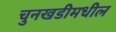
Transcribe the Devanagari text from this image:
चुनखडीमधील